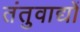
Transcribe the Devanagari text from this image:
तंतुवाद्यों